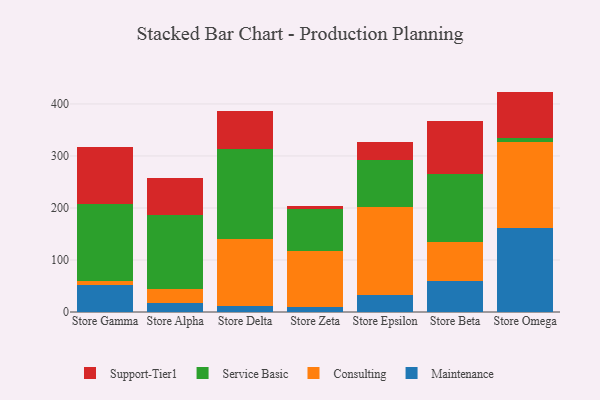
{"axis": {"x": "Store", "y": "Operating Costs (USD K)"}, "legend": ["Consulting", "Maintenance", "Service Basic", "Support-Tier1"], "data": [{"x": "Store Gamma", "y": 51.9, "type": "Maintenance"}, {"x": "Store Gamma", "y": 8.6, "type": "Consulting"}, {"x": "Store Gamma", "y": 147.6, "type": "Service Basic"}, {"x": "Store Gamma", "y": 109.6, "type": "Support-Tier1"}, {"x": "Store Alpha", "y": 16.7, "type": "Maintenance"}, {"x": "Store Alpha", "y": 27.7, "type": "Consulting"}, {"x": "Store Alpha", "y": 142.3, "type": "Service Basic"}, {"x": "Store Alpha", "y": 71.6, "type": "Support-Tier1"}, {"x": "Store Delta", "y": 11.3, "type": "Maintenance"}, {"x": "Store Delta", "y": 129.9, "type": "Consulting"}, {"x": "Store Delta", "y": 172.3, "type": "Service Basic"}, {"x": "Store Delta", "y": 72.8, "type": "Support-Tier1"}, {"x": "Store Zeta", "y": 9.6, "type": "Maintenance"}, {"x": "Store Zeta", "y": 108.0, "type": "Consulting"}, {"x": "Store Zeta", "y": 80.3, "type": "Service Basic"}, {"x": "Store Zeta", "y": 6.3, "type": "Support-Tier1"}, {"x": "Store Epsilon", "y": 31.8, "type": "Maintenance"}, {"x": "Store Epsilon", "y": 169.4, "type": "Consulting"}, {"x": "Store Epsilon", "y": 90.5, "type": "Service Basic"}, {"x": "Store Epsilon", "y": 36.0, "type": "Support-Tier1"}, {"x": "Store Beta", "y": 60.3, "type": "Maintenance"}, {"x": "Store Beta", "y": 74.5, "type": "Consulting"}, {"x": "Store Beta", "y": 131.5, "type": "Service Basic"}, {"x": "Store Beta", "y": 100.6, "type": "Support-Tier1"}, {"x": "Store Omega", "y": 161.3, "type": "Maintenance"}, {"x": "Store Omega", "y": 165.1, "type": "Consulting"}, {"x": "Store Omega", "y": 8.2, "type": "Service Basic"}, {"x": "Store Omega", "y": 89.2, "type": "Support-Tier1"}]}